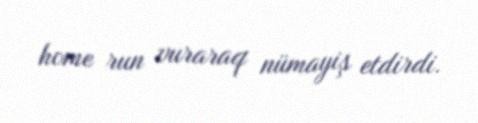
home run vuraraq nümayiş etdirdi.